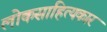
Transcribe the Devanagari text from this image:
लोकसाहित्यकार